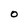
Character: 0